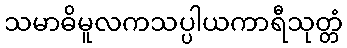
သမာဓိမူလကသပ္ပါယကာရီသုတ္တံ